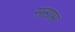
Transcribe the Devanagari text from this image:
सन्ग्राम